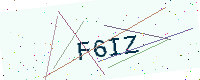
Text: F6IZ